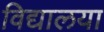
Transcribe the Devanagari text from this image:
विद्यालया